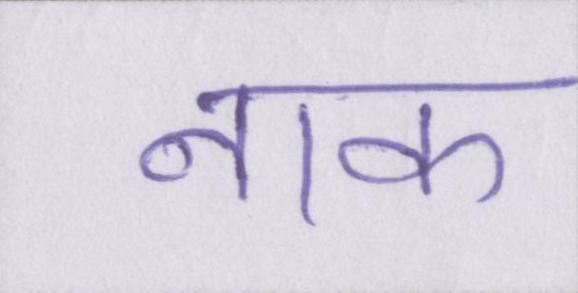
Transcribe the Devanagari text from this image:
नाक